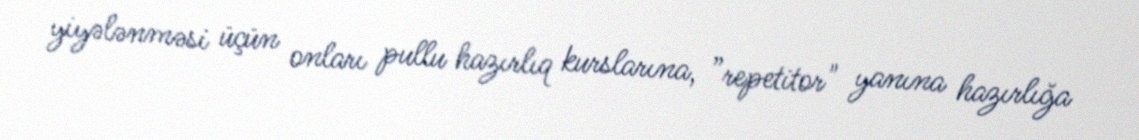
yiyələnməsi üçün onları pullu hazırlıq kurslarına, ”repetitor" yanına hazırlığa